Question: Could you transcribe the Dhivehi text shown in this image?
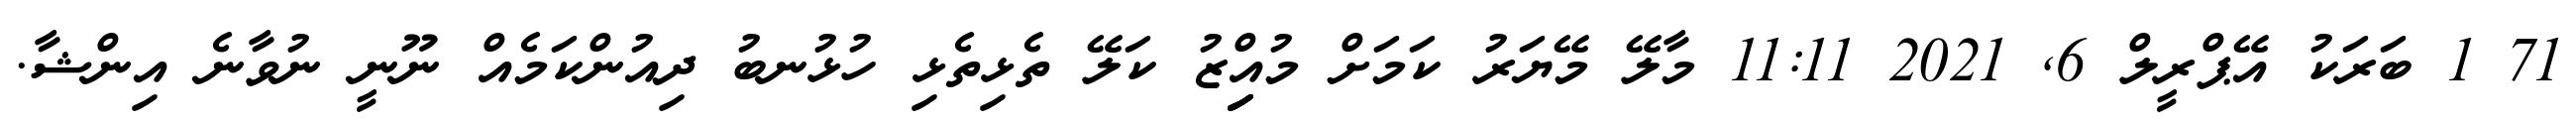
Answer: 71 1 ބަރަކު އޭޕްރީލް 6, 2021 11:11 މާލޭ މޭޔަރު ކަމަށް މުއިިިިިްޒު ކަލޭ ތެޅިތެޅި ހުޅުނބު ދިއުންކަމެއް ނޫނީ ނުވާނެ އިންޝާ.